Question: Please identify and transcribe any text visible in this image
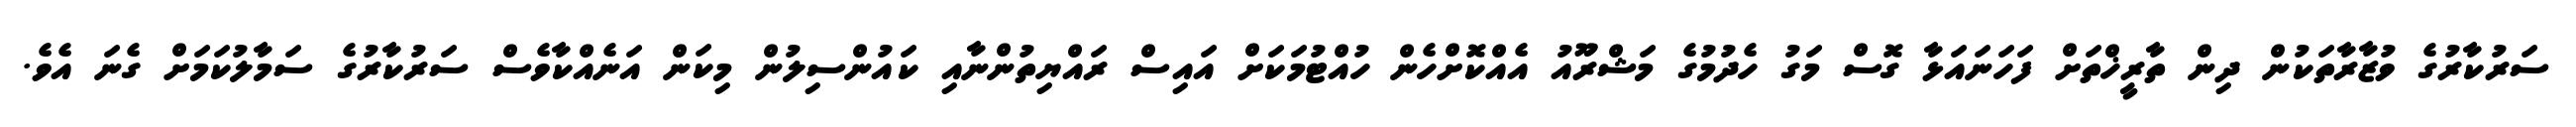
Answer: ސަރުކާރުގެ ވުޒާރާތަކުން ދިން ތާރީޚްތަށް ފަހަނައަޅާ ގޮސް މަގު ހެދުމުގެ މަޝްރޫއު އެއްކޮށްހެން ހުއްޓުމަކަށް އައިސް ރައްޔިތުންނާއި ކައުންސިލުން މިކަން އަނެއްކާވެސް ސަރުކާރުގެ ސަމާލުކަމަށް ގެނަ އެވެ.